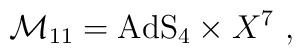
\mathcal{M}_{11}=\mathrm{AdS}_4\times X^7~,